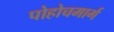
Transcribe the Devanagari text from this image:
पोहोचमार्ग